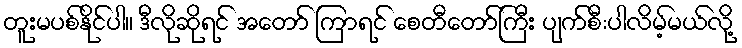
တူးမပစ်နိုင်ပါ။ ဒီလိုဆိုရင် အတော် ကြာရင် စေတီတော်ကြီး ပျက်စီ:ပါလိမ့်မယ်လို့